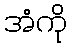
အံကို